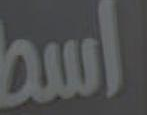
اسط